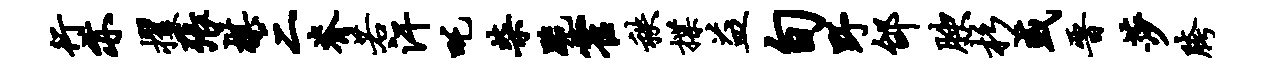
行亦攫张棋三脊若汗吒柴跪霍秩揲益旬野邰腴杉或晋莎胯